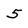
Character: 5